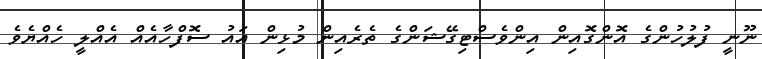
ނޫނީ ފުލުހުންގެ އޮންގޮއިން އިންވެސްޓިގޭޝަންގެ ތެރެއިން މުޅިން އައު ސޮފްހާއެއް އެއްލީ ހެއްޔެވެ